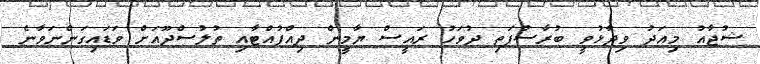
ޝުޖާއު މިއަދު ވިދާޅުވީ ބުރާސްފަތި ދުވަހު ރައީސް ޔާމީން ދިއްފުއްޓާއި ތުލުސްދޫއަށް ވަޑައިގަންނަވާނެ